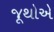
જૂથોએ